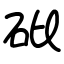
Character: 砒